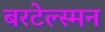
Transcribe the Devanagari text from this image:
बरटेल्स्मन